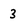
Character: 3